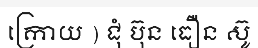
ក្រោយ ) ជុំ ប៊ុន ធឿន ស៊ូ